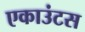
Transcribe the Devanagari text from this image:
एकाउंटस